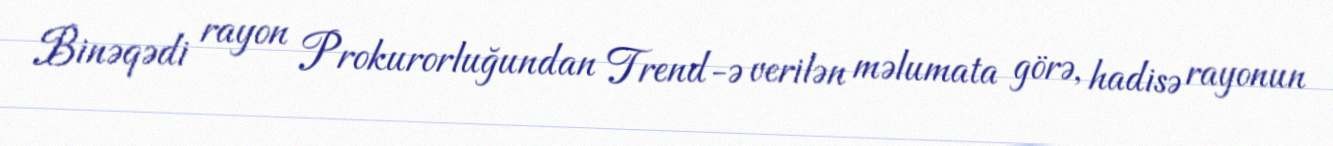
Binəqədi rayon Prokurorluğundan Trend-ə verilən məlumata görə, hadisə rayonun